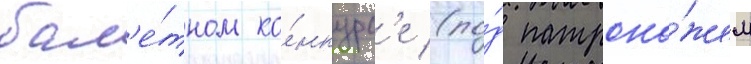
бал'е́тном ко́нкурс'е (по́д патрона́жем